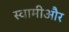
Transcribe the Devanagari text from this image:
स्वामीऔर